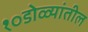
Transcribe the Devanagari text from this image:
१०डोळ्यांतील